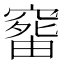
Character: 𥧠